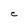
Character: C